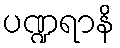
ပဏ္ဍရာနိ